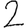
Digit: 2